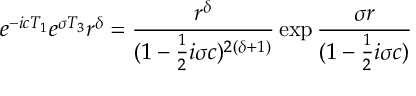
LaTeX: e ^ { - i c T _ { 1 } } e ^ { \sigma T _ { 3 } } r ^ { \delta } = { \frac { r ^ { \delta } } { ( 1 - { \frac { 1 } { 2 } } i \sigma c ) ^ { 2 ( \delta + 1 ) } } } \exp { { \frac { \sigma r } { ( 1 - { \frac { 1 } { 2 } } i \sigma c ) } } }